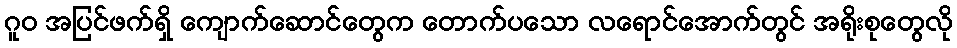
ဂူဝ အပြင်ဖက်ရှိ ကျောက်ဆောင်တွေက တောက်ပသော လရောင်အောက်တွင် အရိုးစုတွေလို